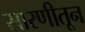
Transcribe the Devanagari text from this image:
सारणीतून